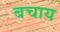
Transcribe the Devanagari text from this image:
बचाय